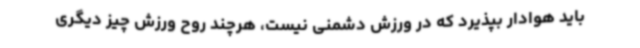
باید هوادار بپذیرد که در ورزش دشمنی نیست، هرچند روح ورزش چیز دیگری